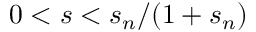
0 < s < s _ { n } / ( 1 + s _ { n } )